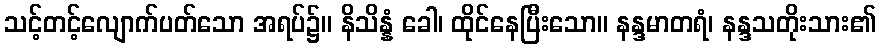
သင့်တင့်လျောက်ပတ်သော အရပ်၌။ နိသိန္နံ ခေါ၊ ထိုင်နေပြီးသော။ နန္ဒမာတရံ၊ နန္ဒသတိုးသား၏